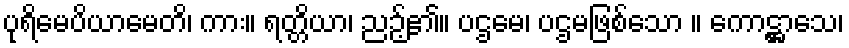
ပုရိမေပိယာမေတိ၊ ကား။ ရတ္တိယာ၊ ညဉ့်၏။ ပဌမေ၊ ပဌမဖြစ်သော ။ ကောဋ္ဌာသေ၊